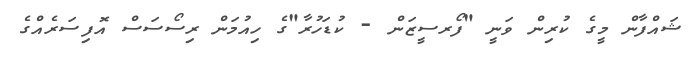
ޝައްފާން މީގެ ކުރިން ވަނީ "ފޯރސީޒަން - ކުޑަހުރާ"ގެ ހިއުމަން ރިސޯސަސް އޮފިސަރެއްގެ